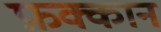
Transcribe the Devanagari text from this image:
फ़क्कान